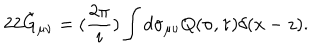
LaTeX: 2 2 \tilde { G } _ { \mu \nu } = ( \frac { 2 \pi } { i } ) \int d \sigma _ { \mu \nu } Q ( \sigma , \tau ) \delta ( x - z ) .